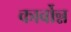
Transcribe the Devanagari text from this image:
कार्बोन्न